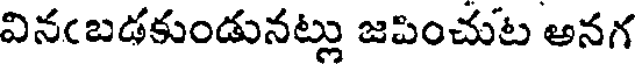
వినఁబడకుండునట్లు జపించుట అనగ